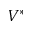
V ^ { \ast }